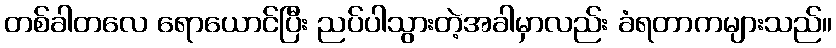
တစ်ခါတလေ ရောယောင်ပြီး ညပ်ပါသွားတဲ့အခါမှာလည်း ခံရတာကများသည်။